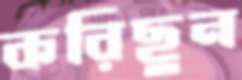
করিছুন